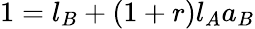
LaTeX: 1=l_{B}+(1+r)l_{A}a_{B}